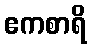
ဧကစာရိ